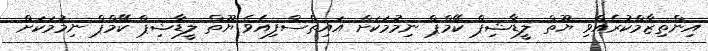
އިންތިޒާމްކުރެއްވި ޔޫތް ލީޑާޝިޕް ކޭމްޕް ނިމުމަކަށް އައިތްސްފިއެވެ ޔޫތް ލީޑާޝިޕް ކޭމްޕް ނިމުމަކަށް